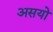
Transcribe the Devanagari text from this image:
असयो